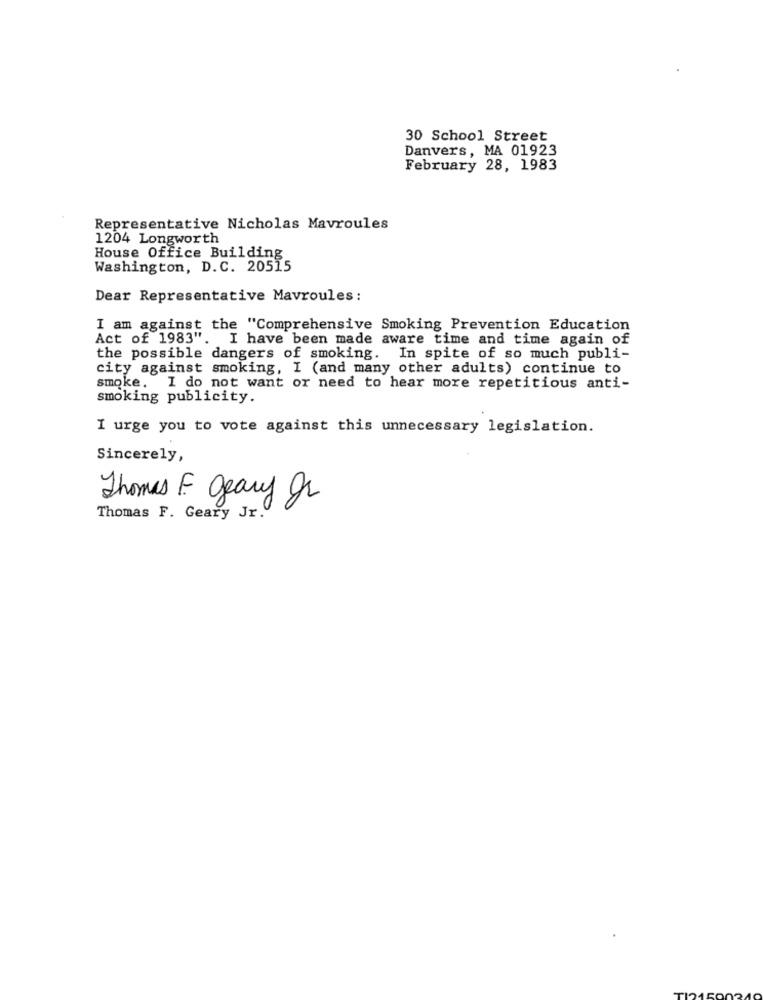
30 School Street
Danvers, MA 01923
February 28, 1983
Representative Nicholas Mavroules
1204 Longworth
House Office Building
Washington, D.C. 20515
Dear Representative Mavroules :
I am against the "Comprehensive Smoking Prevention Education
Act of 1983". I have been made aware time and time again of
the possible dangers of smoking. In spite of so much publi-
city against smoking, I (and many other adults) continue to
smoke. I do not want or need to hear more repetitious anti-
smoking publicity.
I urge you to vote against this unnecessary legislation.
Sincerely,
Thomas F geary gr
Thomas F. Geary Jr.